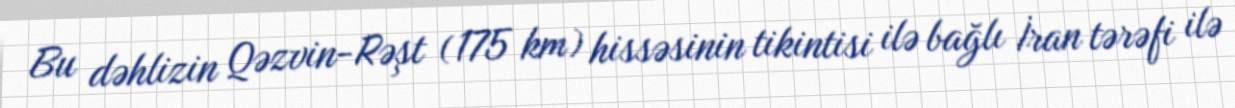
Bu dəhlizin Qəzvin-Rəşt (175 km) hissəsinin tikintisi ilə bağlı İran tərəfi ilə